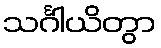
သင်္ဂါယိတွာ